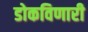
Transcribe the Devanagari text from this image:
डोकविणारी